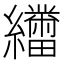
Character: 𬘑